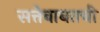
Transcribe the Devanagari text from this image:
सत्तेबाबतची